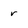
Character: r